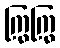
ကြွကြွ